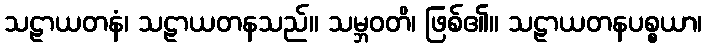
သဠာယတနံ၊ သဠာယတနသည်။ သမ္ဘဝတိ၊ ဖြစ်၏။ သဠာယတနပစ္စယာ၊